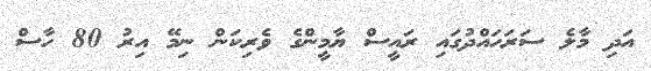
އަދި މާލެ ސަރަހައްދުގައި ރައީސް ޔާމީންގެ ވެރިކަން ނިމޭ އިރު 80 ހާސް